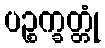
ပဉ္စက္ခတ္တုံ